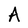
Character: A